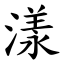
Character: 漾